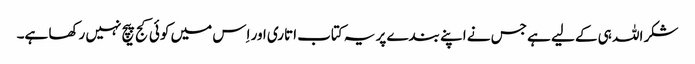
شکر اللہ ہی کے لیے ہے جس نے اپنے بندے پر یہ کتاب اتاری اور اِس میں کوئی کج پیچ نہیں رکھا ہے۔